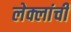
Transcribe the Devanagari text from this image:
लेक्लांची